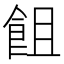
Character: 飷